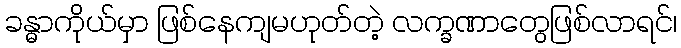
ခန္ဓာကိုယ်မှာ ဖြစ်နေကျမဟုတ်တဲ့ လက္ခဏာတွေဖြစ်လာရင်၊